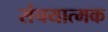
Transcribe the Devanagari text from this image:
संचयात्मक